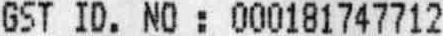
GST ID. NO : 000181747712